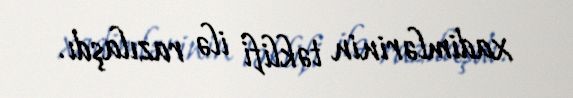
xadimlərinin təklifi ilə razılaşdı.